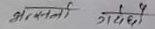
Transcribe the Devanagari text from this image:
अन्तर्राष्ट्रिय गठबन्धन